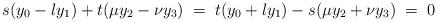
LaTeX: \begin{align*}s(y_0-\l y_1) + t(\mu y_2- \nu y_3) \; = \; t(y_0+\l y_1) - s(\mu y_2+\nu y_3) \; = \; 0\end{align*}